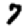
Digit: 7